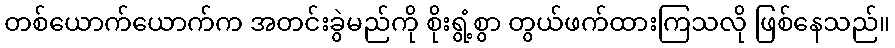
တစ်ယောက်ယောက်က အတင်းခွဲမည်ကို စိုးရွံ့စွာ တွယ်ဖက်ထားကြသလို ဖြစ်နေသည်။